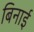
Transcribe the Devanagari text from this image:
बिनाई